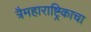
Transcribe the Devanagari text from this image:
त्रैमहाराष्ट्रिकाचा